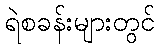
ရဲစခန်းများတွင်